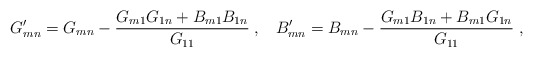
\begin{align*}G'_{mn} = G_{mn} - \frac{ G_{m1} G_{1n} + B_{m1} B_{1n} }{G_{11}} \;,\;\;\;B'_{mn} = B_{mn} - \frac{G_{m1} B_{1n} + B_{m1} G_{1n}}{G_{11}} \;,\end{align*}